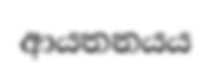
ආයතනයය